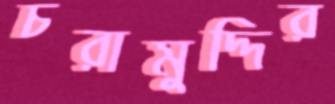
চরামুদ্দির